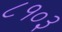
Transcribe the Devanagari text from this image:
८१०३